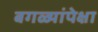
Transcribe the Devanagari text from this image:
बगळ्यांपेक्षा